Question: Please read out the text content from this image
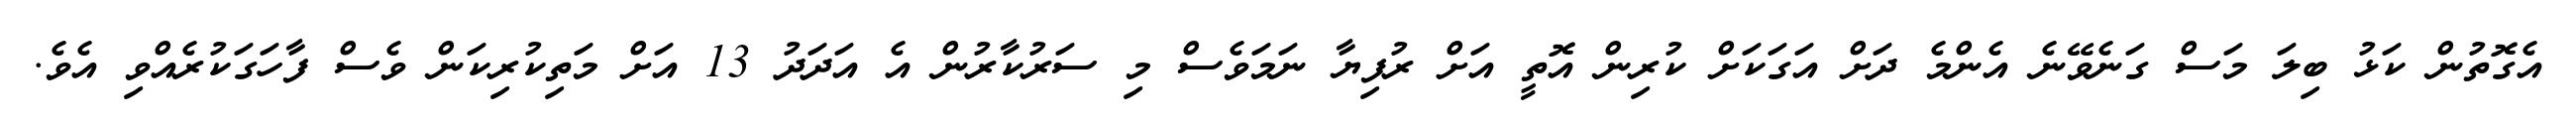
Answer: އެގޮތުން ކަޅު ބިލަ މަސް ގަނެވޭނެ އެންމެ ދަށް އަގަކަށް ކުރިން އޮތީ އަށް ރުފިޔާ ނަމަވެސް މި ސަރުކާރުން އެ އަދަދު 13 އަށް މަތިކުރިކަން ވެސް ފާހަގަކުރެއްވި އެވެ.